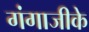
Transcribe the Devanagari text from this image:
गंगाजीके